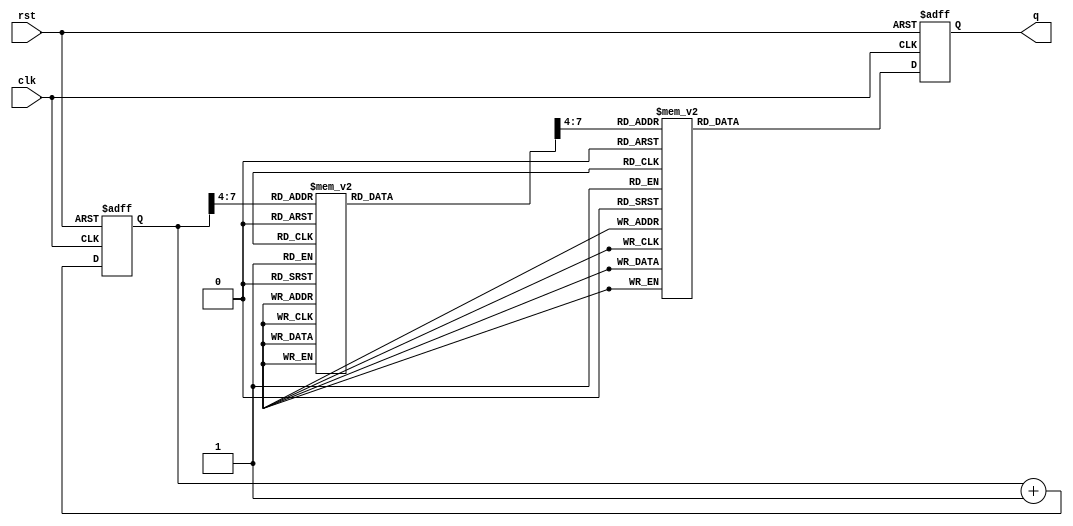
module ledsample (
    input rst,
    input clk,
    output [7:0] q
);


reg [7:0] cnt;
wire [3:0] deg;
reg [7:0] val;
reg [7:0] tmp;
reg [7:0] tmp1;

// main counter
always @(negedge rst or posedge clk )
begin
    if (~rst) begin
        cnt <= 8'b0;
    end else begin
        cnt <= cnt + 1'b1;
    end
end

assign deg = cnt[7:4];

// sin table
always @( * ) begin
    case (deg)
        4'b0000: val = 8'h00;
        4'b0001: val = 8'h35;
        4'b0010: val = 8'h68;
        4'b0011: val = 8'h96;
        4'b0100: val = 8'hbe;
        4'b0101: val = 8'hdd;
        4'b0110: val = 8'hf3;
        4'b0111: val = 8'hfe;
        4'b1000: val = 8'hfe;
        4'b1001: val = 8'hf3;
        4'b1010: val = 8'hdd;
        4'b1011: val = 8'hbe;
        4'b1100: val = 8'h96;
        4'b1101: val = 8'h68;
        4'b1110: val = 8'h35;
        default: val = 8'h00;
    endcase
end

// decoder
always @(*) begin
    case (val[7:4])
        4'b0000: tmp = 8'b00000001;
        4'b0001: tmp = 8'b00000010;
        4'b0010: tmp = 8'b00000100;
        4'b0011: tmp = 8'b00001000;
        4'b0100: tmp = 8'b00010000;
        4'b0101: tmp = 8'b00100000;
        4'b0110: tmp = 8'b01000000;
        4'b0111: tmp = 8'b10000000;
        4'b1000: tmp = 8'b01000000;
        4'b1001: tmp = 8'b00100000;
        4'b1010: tmp = 8'b00010000;
        4'b1011: tmp = 8'b00001000;
        4'b1100: tmp = 8'b00000100;
        4'b1101: tmp = 8'b00000010;
        4'b1110: tmp = 8'b00000001;
        default: tmp = 8'b00000001;
    endcase
end

//

always @(negedge rst or posedge clk)
begin
    if (~rst) begin
        tmp1 <= 8'b0;
    end
    else begin
        tmp1 <= tmp;
    end
end

assign q = tmp1;

endmodule